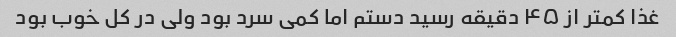
غذا کمتر از ۴۵ دقیقه رسید دستم اما کمی سرد بود ولی در کل خوب بود